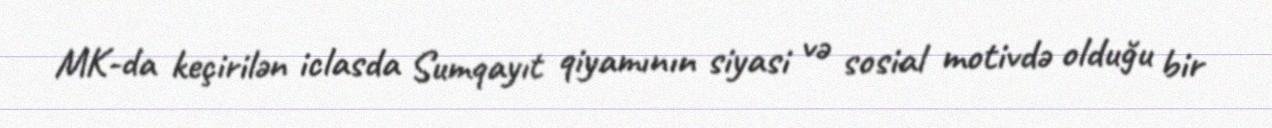
MK-da keçirilən iclasda Sumqayıt qiyamının siyasi və sosial motivdə olduğu bir